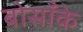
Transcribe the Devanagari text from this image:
बोसाँके